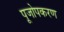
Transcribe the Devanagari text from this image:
पूजोपकरण